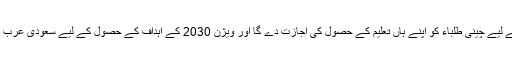
سعودی عرب چینی کلچر اور ثقافت سے آگاہی کے لیے چینی طلباء کو اپنے ہاں تعلیم کے حصول کی اجازت دے گا اور ویژن 2030 کے اہداف کے حصول کے لیے سعودی عرب میں چینی زبان سے آگاہی کو یقینی بنایا جائے گا۔